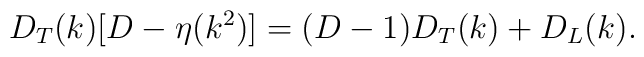
D_T(k) [D-\eta(k^2)] = (D-1)D_T(k)+D_L(k) .